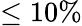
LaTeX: \leq 10\%